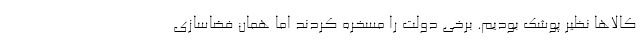
کالاها نظیر پوشک بودیم. برخی دولت را مسخره کردند اما همان فضاسازی